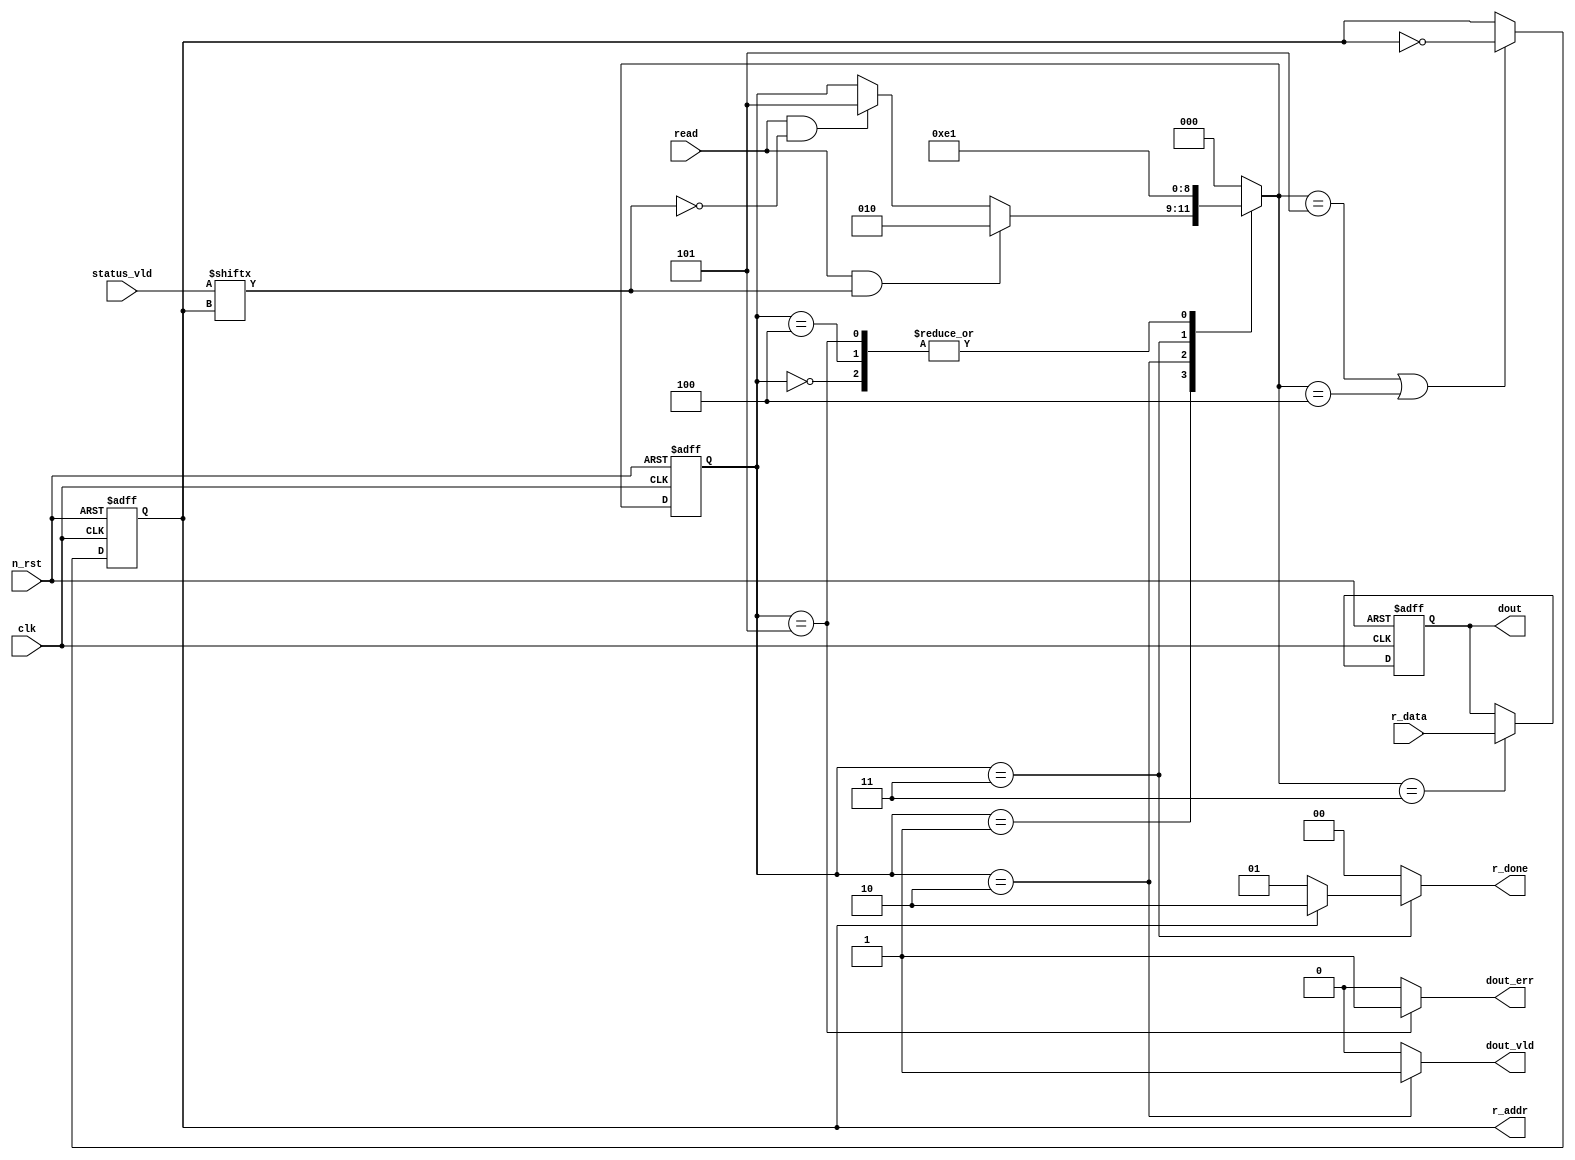
module read_ctrl(
    clk,
    n_rst,
    r_data,
    status_vld,
    read,
    dout,
    dout_vld,
    dout_err,
    r_addr,
    r_done
);

input clk;
input n_rst;
input [7:0] r_data;
input [1:0] status_vld;
input read;

output [7:0] dout;
output dout_vld;
output dout_err;
output r_addr;
output [1:0] r_done;

reg r_addr;
reg [7:0] dout;

localparam S0 = 3'h0;
localparam S1 = 3'h1;
localparam S2 = 3'h2;
localparam S3 = 3'h3;
localparam S4 = 3'h4;
localparam S5 = 3'h5;

reg [2:0] c_state;
reg [2:0] n_state;

always @ (posedge clk or negedge n_rst)
    if (!n_rst)
        c_state <= S0;
    else
        c_state <= n_state;

always @(c_state or r_data or status_vld or read)
    case(c_state)
        S0 : n_state = S1;
        S1 : n_state = ((read == 1'b1) && (status_vld[r_addr] == 1'b1)) ? S2 :
                       ((read == 1'b1) && (status_vld[r_addr] == 1'b0)) ? S5 : c_state;
        S2 : n_state = S3;
        S3 : n_state = S4;
        S4 : n_state = S1;
        S5 : n_state = S1;
        default : n_state = S0;
    endcase

always @ (posedge clk or negedge n_rst)
    if(!n_rst)
        r_addr <= 1'b0;
    else
        r_addr <= ((n_state == S5)||(n_state == S4)) ? ~r_addr : r_addr;

always @ (posedge clk or negedge n_rst)
    if(!n_rst)
        dout <= 8'h00;
    else
        dout <= (n_state == S3) ? r_data : dout;

wire [1:0] mask;
assign mask = (r_addr == 1'b0) ? 2'b01 : 2'b10;

assign r_done = (c_state == S3) ? mask : 2'b00;
assign dout_vld = (c_state == S2) ? 1'b1 : 1'b0;
assign dout_err = (c_state == S5) ? 1'b1 : 1'b0;

endmodule